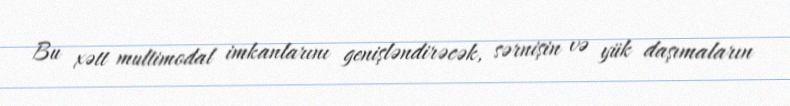
Bu xətt multimodal imkanlarını genişləndirəcək, sərnişin və yük daşımaların